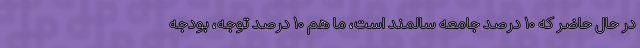
در حال حاضر که ۱۰ درصد جامعه سالمند است، ما هم ۱۰ درصد توجه، بودجه